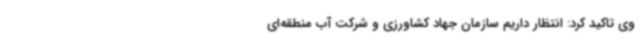
وی تاکید کرد: انتظار داریم سازمان جهاد کشاورزی و شرکت آب منطقه‌ای